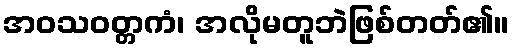
အဝသဝတ္တကံ၊ အလိုမတူဘဲဖြစ်တတ်၏။